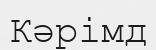
Кәрімд